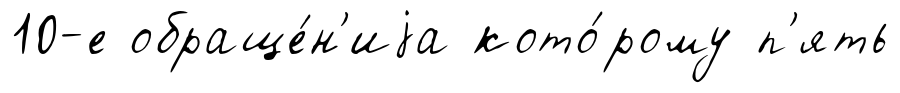
10-е обраще́н'иjа кото́рому п'ять